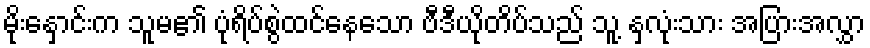
မိုးနှောင်းက သူမ၏ ပုံရိပ်စွဲထင်နေသော ဗီဒီယိုတိပ်သည် သူ့ နှလုံးသား အပြားအလွှာ